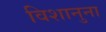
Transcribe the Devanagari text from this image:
विशानुना